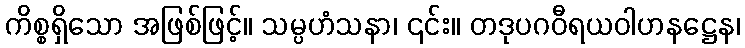
ကိစ္စရှိသော အဖြစ်ဖြင့်။ သမ္ပဟံသနာ၊ ၎င်း။ တဒုပဂဝီရယဝါဟနဋ္ဌေန၊